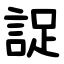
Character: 䛤